Report on vaccination North-West Frontier Province 1904-1922 - 1904-1922
Year: 1904
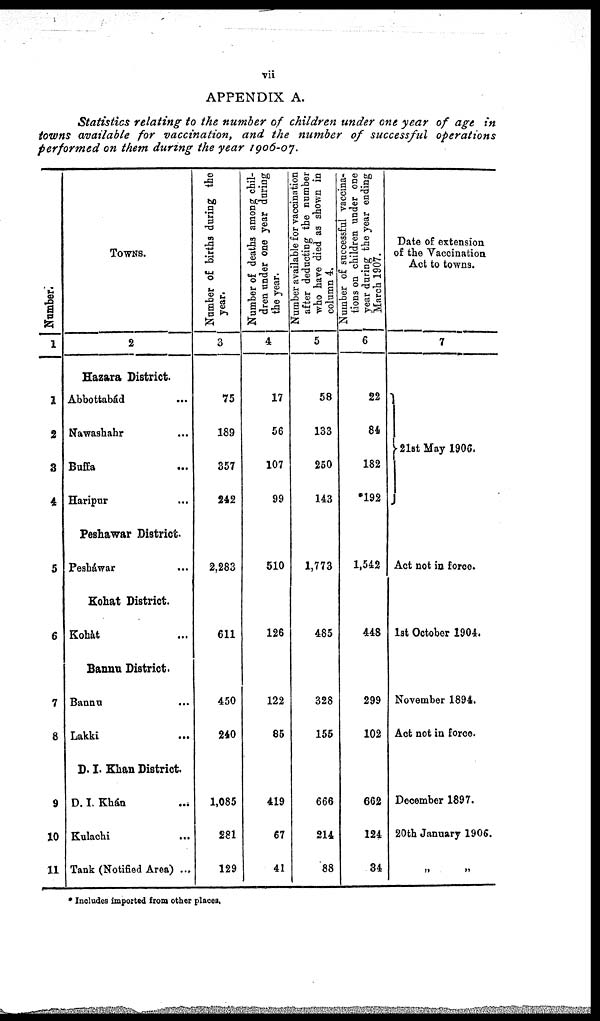
vii
APPENDIX A.
Statistics relating to the number of children under one year of age in
towns available for vaccination, and the number of successful
operations
performed on them during the year 1906-07.
Number.
1
1
2
3
4
5
6
7
8
9
10
11
TOWNS.
2
Hazara District.
Abbottabád ...
Nawashahr ...
Buffa
...
Haripur ...
Peshawar District.
Pesháwar ...
Kohat District.
Kohát ...
Bannu District.
Bannu ...
Lakki
...
D. I. Khan District.
D. I. Khán
...
Kulachi ...
Tank (Notified Area) ...
Number of births during the
year.
3
75
189
357
242
2,283
611
450
240
1,085
281
129
Number of deaths among chil-
dren under one year during
the year.
4
17
56
107
99
510
126
122
85
419
67
41
Number available for vaccination
after deducting the number
who have died as shown in
column 4.
5
58
133
250
143
1,773
485
328
155
666
214
88
Number of successful vaccina-
tions on children under one
year during the year ending
March 1907.
6
22
84
182
*192
1,542
448
299
102
662
124
34
Date of extension
of the Vaccination
Act to towns.
7
21st May 1906.
Act not in force.
1st October 1904.
November 1894.
Act not in force.
December 1897.
20th January 1906.
„
„
* Includes imported from other places.